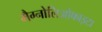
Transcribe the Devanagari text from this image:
मैग्नोलिओफाइटा